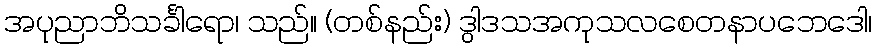
အပုညာဘိသင်္ခါရော၊ သည်။ (တစ်နည်း) ဒွါဒသအကုသလစေတနာပဘေဒေါ၊